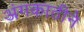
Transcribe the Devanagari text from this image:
अंगकाठीने